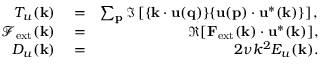
\begin{array} { r l r } { T _ { u } ( { \bf k } ) } & { { } = } & { \sum _ { \bf p } \Im \left[ { \bf \{ k \cdot u ( q ) \} \{ u ( p ) \cdot u ^ { * } ( k ) \} } \right] , } \\ { \mathcal { F } _ { \mathrm { e x t } } ( { \bf k } ) } & { { } = } & { \Re [ { \bf F } _ { \mathrm { e x t } } ( { \bf k } ) \cdot { \bf u } ^ { * } ( { \bf k } ) ] , } \\ { D _ { u } ( \mathbf { k } ) } & { { } = } & { 2 \nu k ^ { 2 } E _ { u } ( { \bf k } ) . } \end{array}